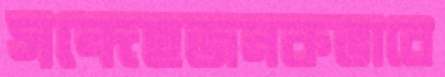
সন্দেহজনকভাবে